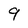
Character: 9